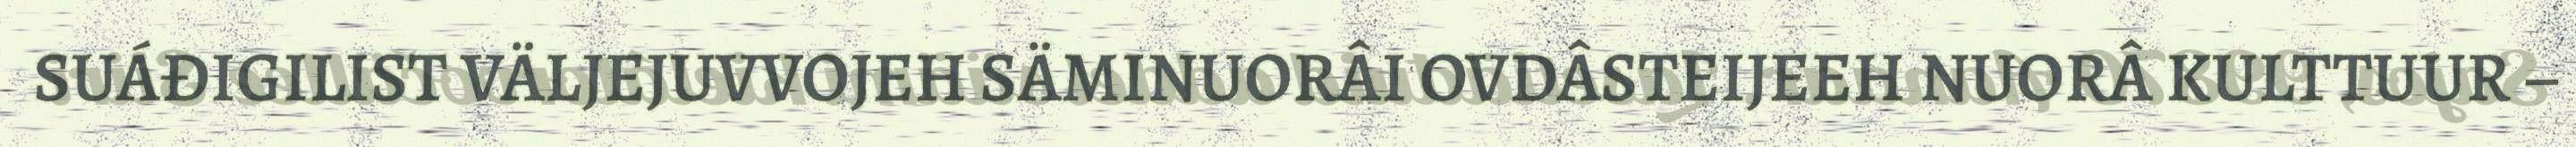
SUÁĐIGILIST VÄLJEJUVVOJEH SÄMINUORÂI OVDÂSTEIJEEH NUORÂ KULTTUUR –